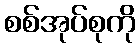
စစ်အုပ်စုကို